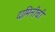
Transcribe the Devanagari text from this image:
दामिनीची